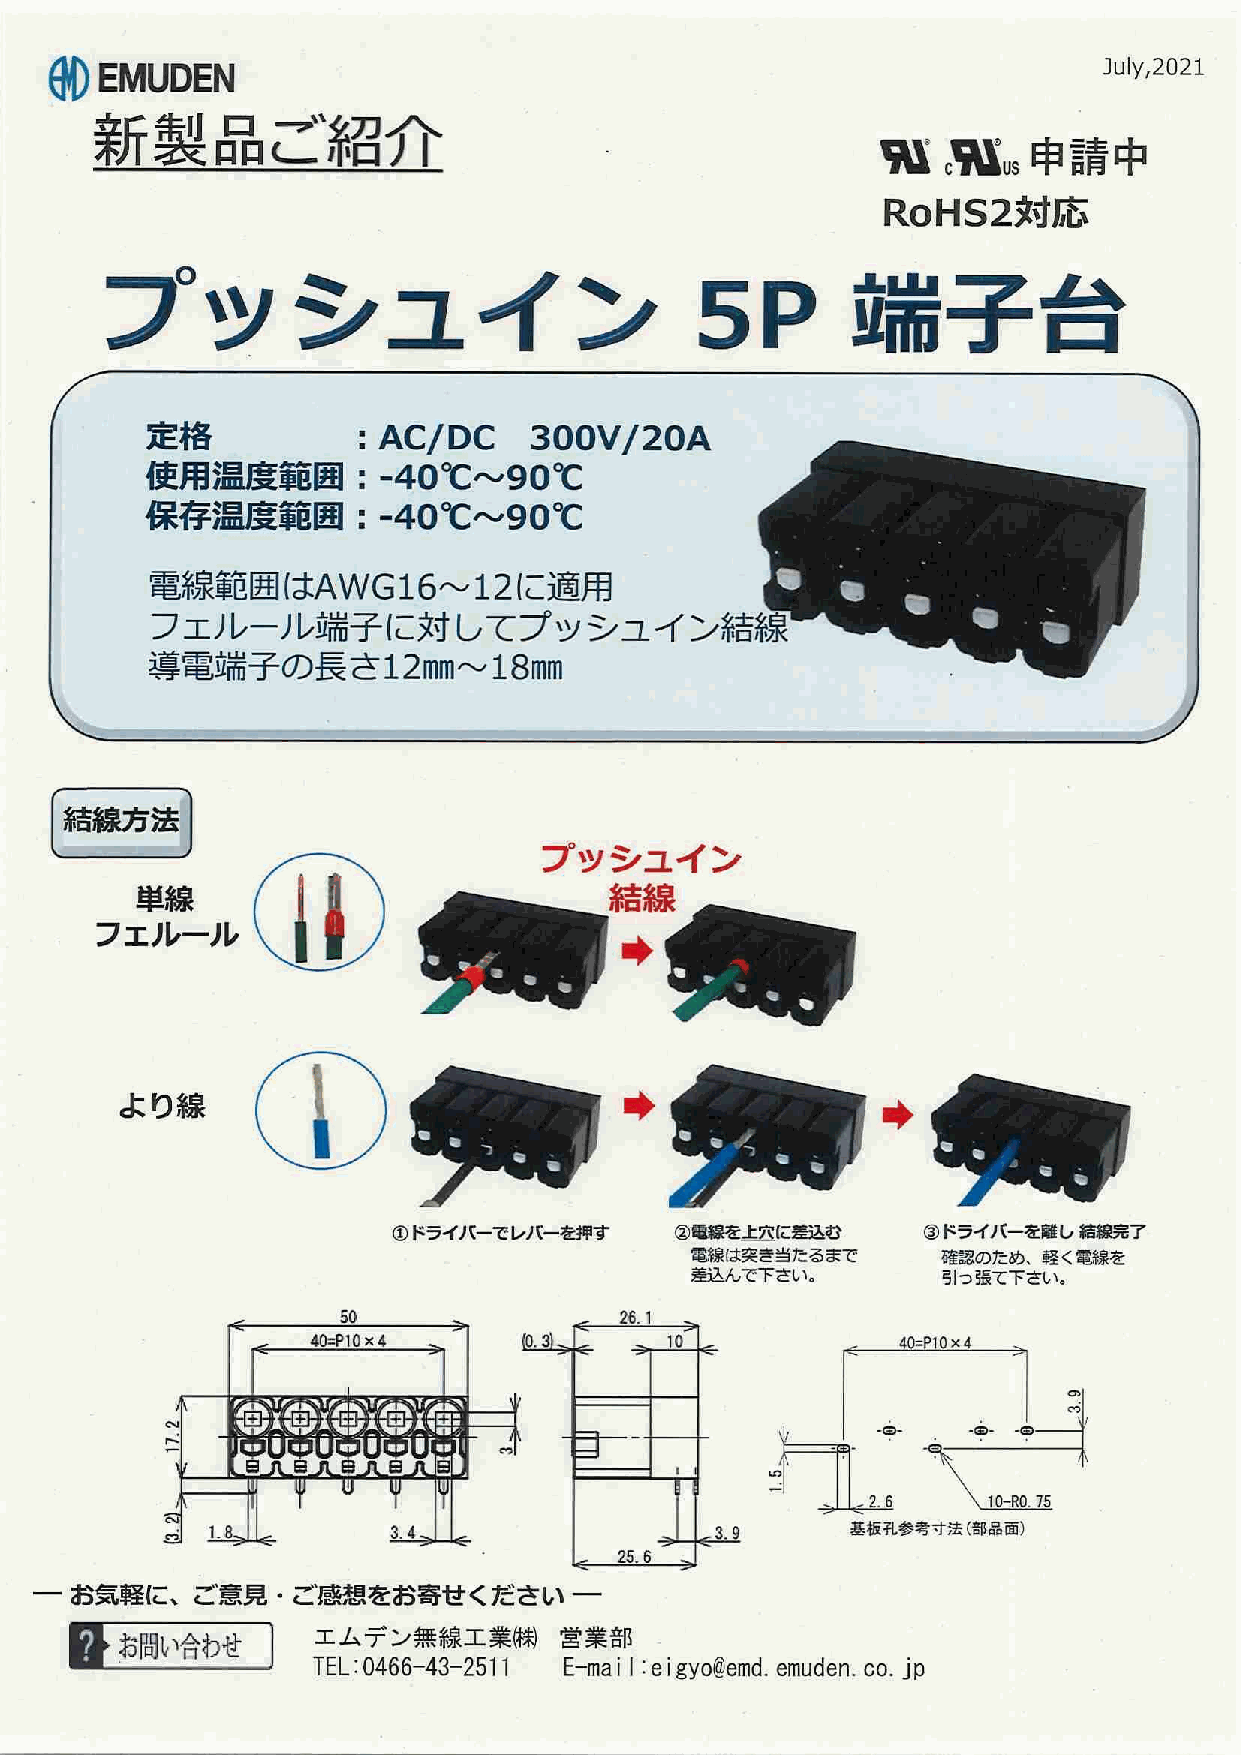
◎ ＥＭＵＤＥＮ
 ］ｕ１ｙ′２０２１
 新   製   品   ご  紹   介
 班   飛    申請中
 ．
 ＲＯＨＳ２対応，
 プ     ッシ          ュイン                 ５Ｐ         端子台
 定 格          ＝ＡＣ／ＤＣ      ３〇ＯＶ／２〇Ａ
 使用温度範囲：‐４０℃〜９０℃
 保存温度範囲        ＝‐４０℃〜９０℃
 電線範囲はＡＷＧ１６〜１２に適用
 、
 フエルール端子に対してプッシュイ
 導電端子の長さ１２ｍｍ〜１８ｍｍ
 結線方法
 ｏ
 フ ツ  シ ユ イ ン
 単 線                             結 線
 フ エ ル ー ル
 ◆
 ①
 ＼
 よ り線                              ◆                               」
 ＊              ′
 ｉ
 ．             』            −
 、                〜
 Ｌ．           −
 ①ドライバーでレバーを押す      ②電線を上西に差込む      ③ドライバーを難し結臨範 …完了
 電線は突き当たるまで      確認のため、軽く電線を
 差込んで下さし、。       引つ張て下さい。
 ２６−Ｉ
 ０．３      １０             ４０；ＰＩ０ｘ４
 −◎− −◎
 ー            ．    ｒ
 手         Ｒ
 ，ｔ        首       、
 、
 ／２，６     １０−Ｒ０，７５
 ３．９      基板孔参考寸法（部品面）
 ２５．６
 ー  お気軽に
 、
 ご意見・ご感想をお寄せください−−